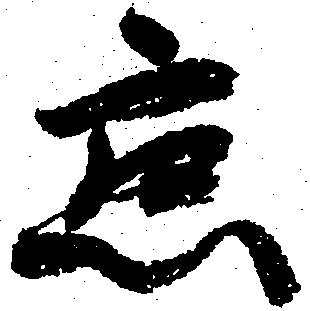
懇